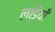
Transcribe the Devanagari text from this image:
लडियाँ